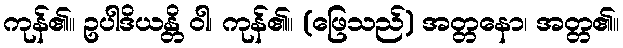
ကုန်၏။ ဥပါဒိယန္တိ ဝါ၊ ကုန်၏။ (ဖြေသည်) အတ္တနော၊ အတ္တ၏။